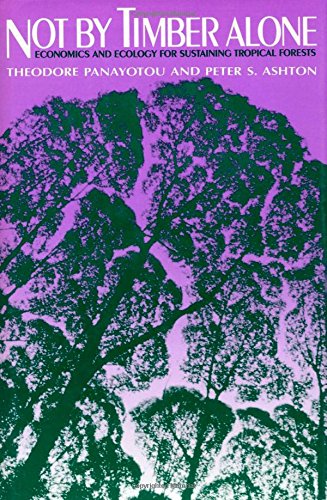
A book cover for Not by Timber Alone: Economics And Ecology For Sustaining Tropical Forests; Theodore Panayotou; Science & Math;